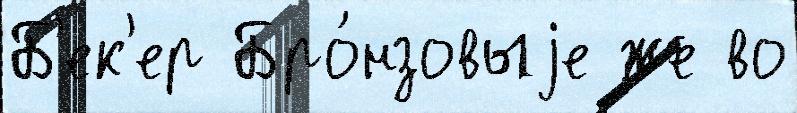
Б'ек'ер Бро́нзовыjе же во